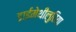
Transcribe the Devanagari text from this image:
डाईमेथीलुरिया